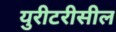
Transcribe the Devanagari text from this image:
युरीटरीसील